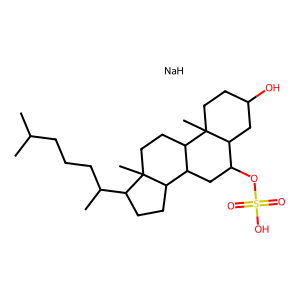
SMILES: CC(C)CCCC(C)C1CCC2C3CC(OS(=O)(=O)O)C4CC(O)CCC4(C)C3CCC12C.[NaH]
Inhibits HIV replication: No